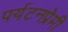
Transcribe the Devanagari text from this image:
पर्यटनप्रेमी